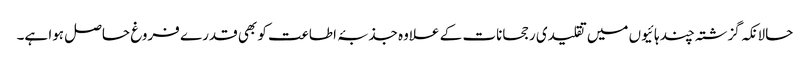
حالانکہ گزشتہ چند ہائیوں میں تقلیدی رجحانات کے علاوہ جذبۂ اطاعت کو بھی قدرے فروغ حاصل ہوا ہے۔